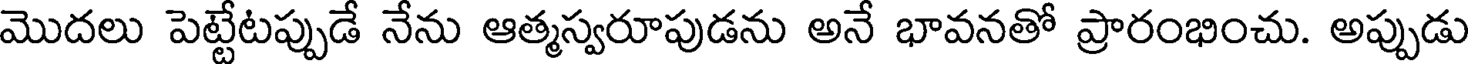
మొదలు పెట్టేటప్పుడే నేను ఆత్మస్వరూపుడను అనే భావనతో ప్రారంభించు. అప్పుడు